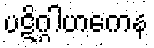
ပဋိဂ္ဂါဟကေန